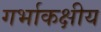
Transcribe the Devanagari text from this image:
गर्भाकक्षीय